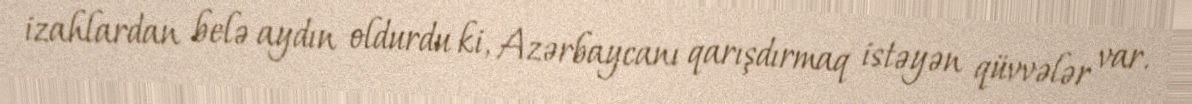
izahlardan belə aydın oldurdu ki, Azərbaycanı qarışdırmaq istəyən qüvvələr var.